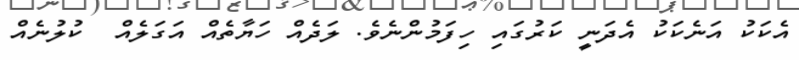
އެކަކު އަނެކަކު އެދަނީ ކަރުގައި ހިފަމުންނެވެ. ލަދެއް ހަޔާތެއް އަގަލެއް  ކުލުނެއް